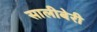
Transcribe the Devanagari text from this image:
सालीबेरी